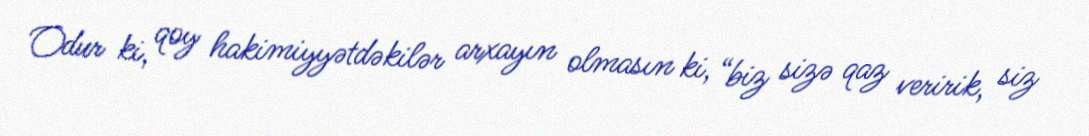
Odur ki, qoy hakimiyyətdəkilər arxayın olmasın ki, “biz sizə qaz veririk, siz